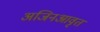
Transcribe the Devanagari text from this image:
अजिनआवृत